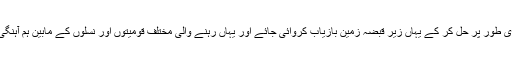
کراچی کے مسائل جیسے پانی، ٹرانسپورٹ وغیرہ فوری طور پر حل کر کے یہاں زیر قبضہ زمین بازیاب کروائی جائے اور یہاں رہنے والی مختلف قومیتوں اور نسلوں کے مابین ہم آہنگی اور یگانگت پیدا کرنے کے لیے اقدامات کیے جائیں ۔